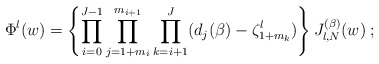
\begin{align*}\Phi^{\l}(w) = \left\{\prod_{i=0}^{J-1}\prod_{j=1+m_i}^{m_{i+1}}\prod_{k=i+1}^J (d_j(\beta)-\zeta^{\l}_{1+m_k})\right\}J_{\l,N}^{(\beta)}(w) \; ; \end{align*}